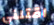
اقتلني